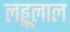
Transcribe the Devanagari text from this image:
लड्डूलाल